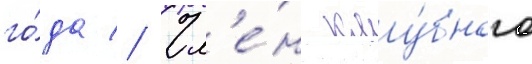
го́да // Чл'е́н клу́бного